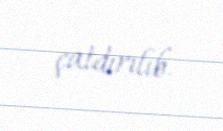
çatdırılıb.